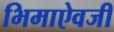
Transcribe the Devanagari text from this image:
भिमाऐवजी